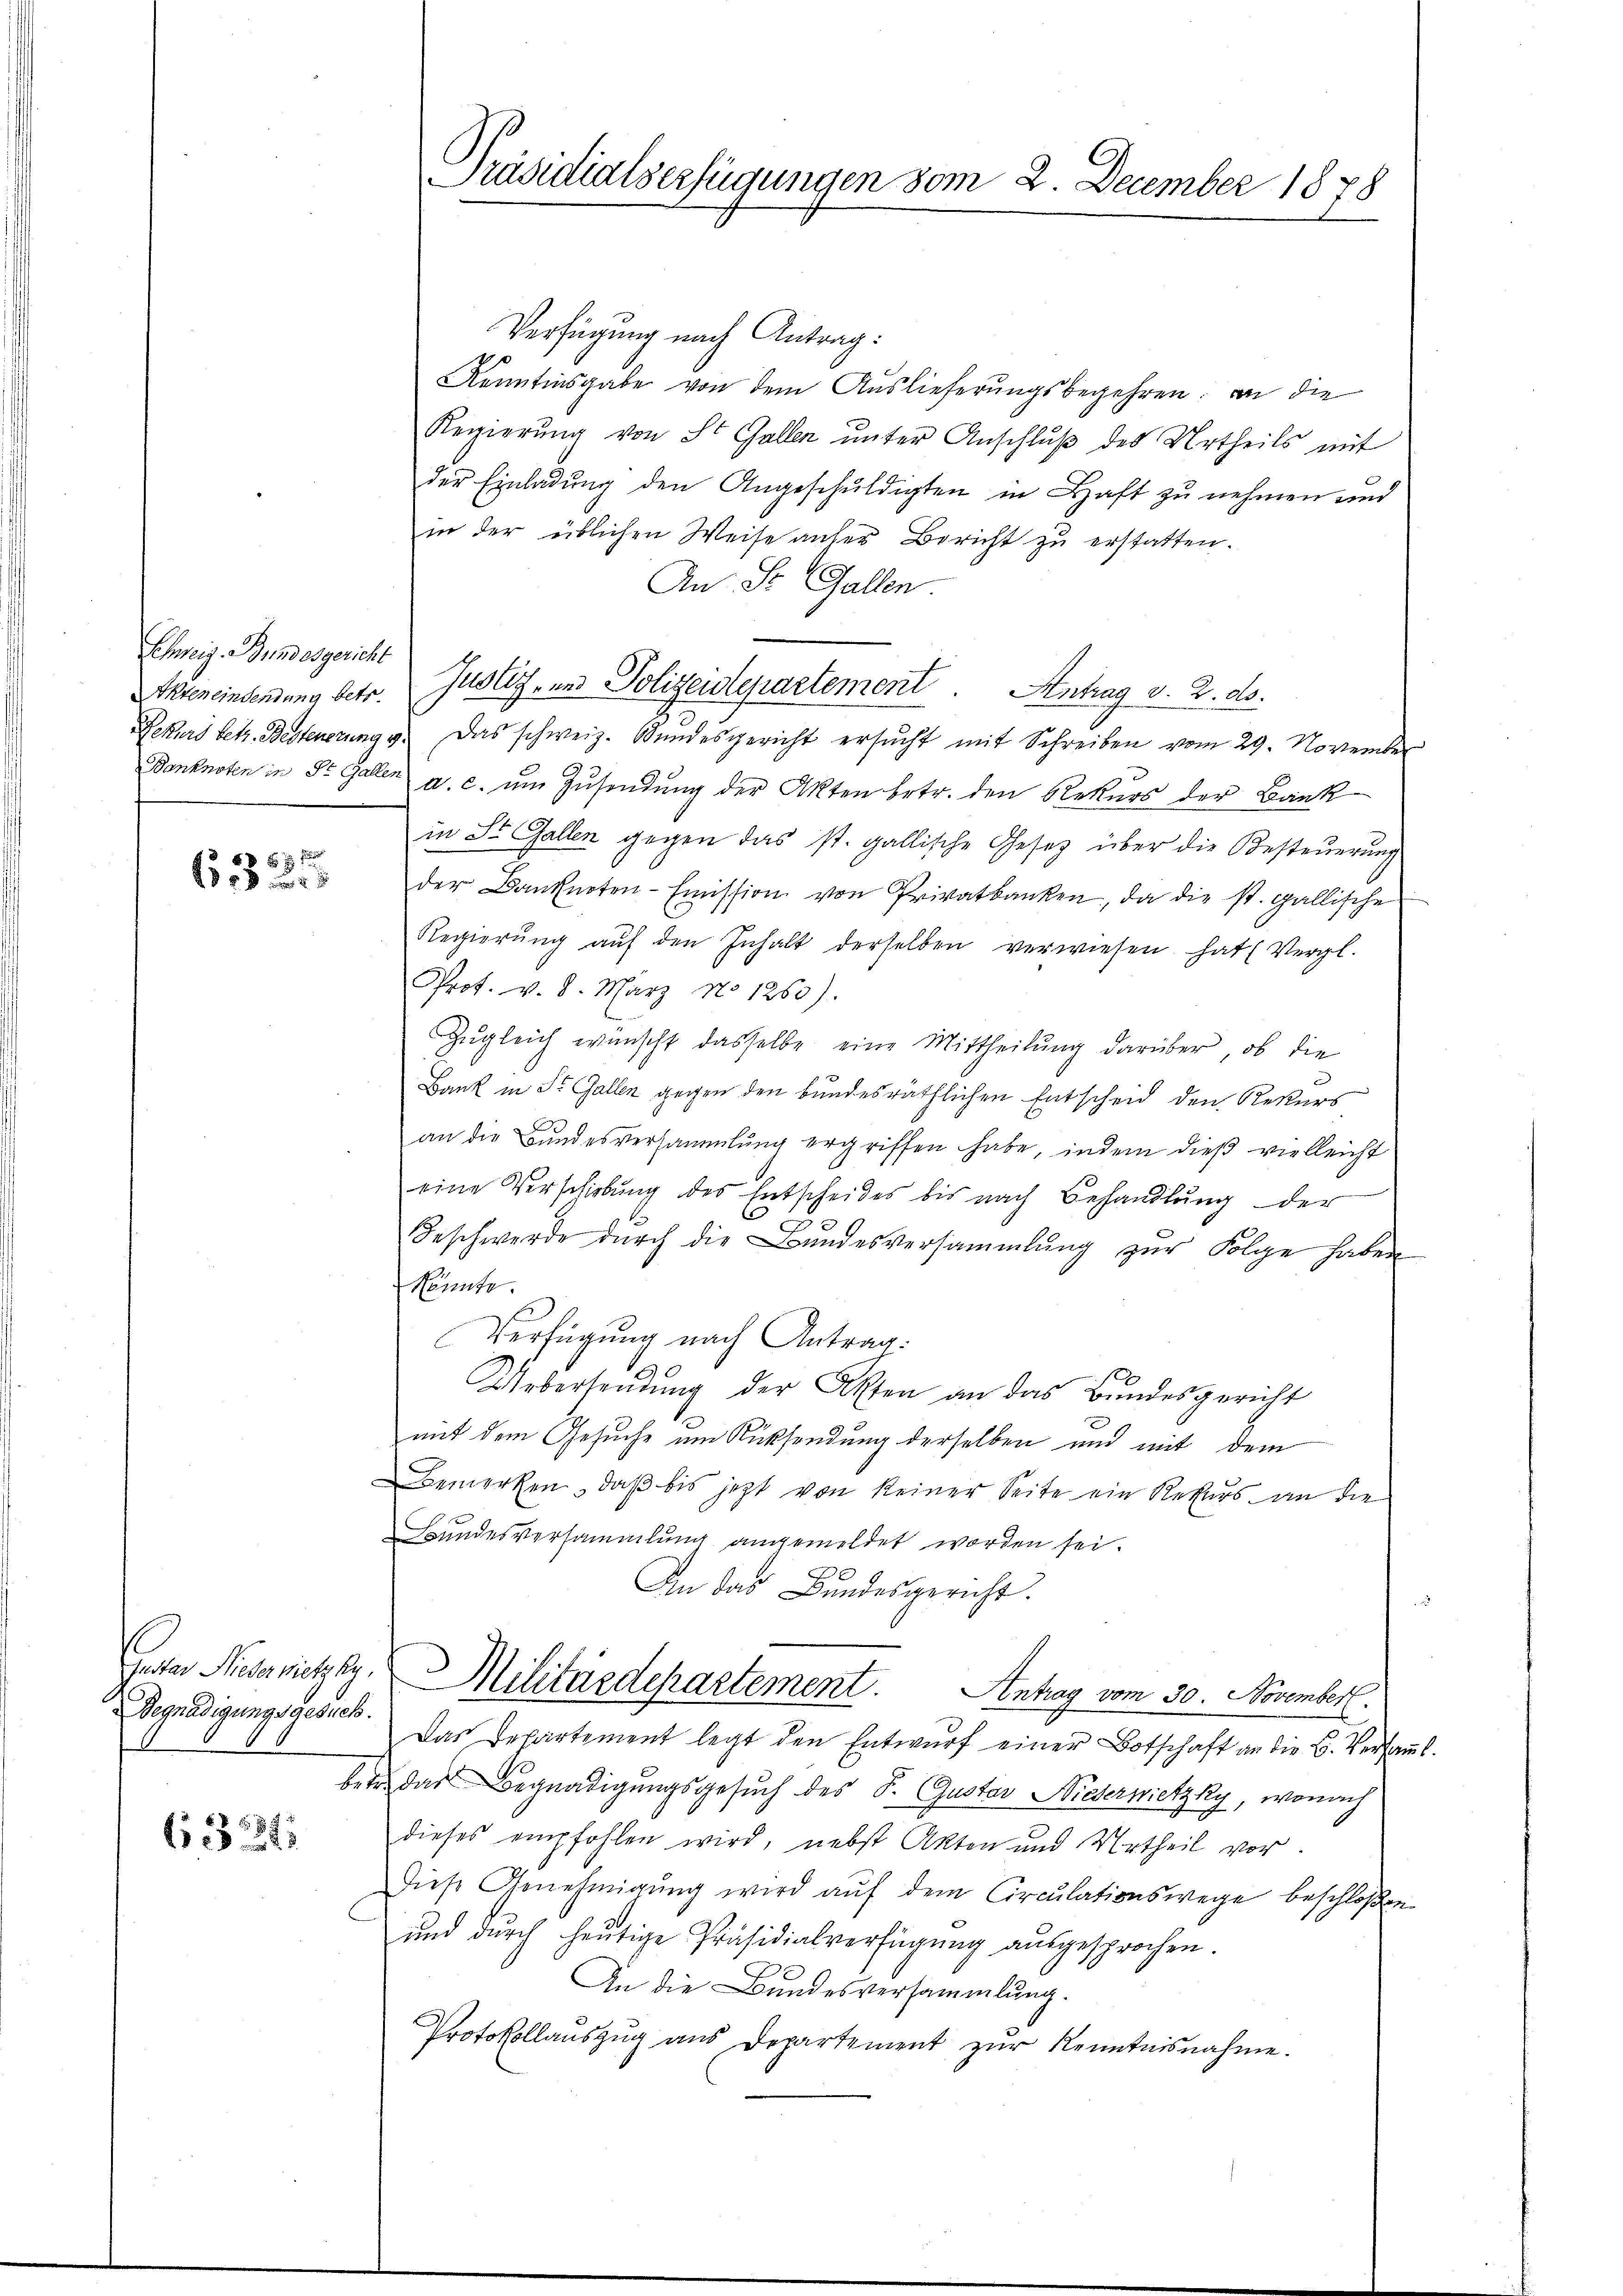
Schweiz. Bundesgericht

58 x
 24 x

Begnadigungsgesich.

(13524

Präsidialserfügungen vom 2. December 1878

Verfügung nach Antrag:
Kenntinsgabe von dem Auslieferungsbegehren: an die
Regierŭng von St. Gallen ŭnter Anschlŭβ des Urtheils mit
der Einladung den Angeschuldigten in Haft zu nehmen und
in der üblichen Weise anter Bericht zu erstatten.
An St. Gallen.
Dekurs betr. Besteuerung v. Das schweiz. Bundesgericht ersŭcht mit Schreiben vom 29. November
Banknoten in St. Gallen a. c. ŭm Zŭsendŭng der Akten betr. den Rekŭrs der Bank
in St. Gallen gegen das st. gallische Gesetz über die Besteuerung
der Banknoten-Emission von Privatbanken, da die st. gallische
Regierŭng aŭf den Inhalt derselben verwiesen hat (Vergl.
Prof. v. 8. März No 1260).
Zugleich wünscht dasselbe eine Mittheilung darüber, ob die
Bank in St. Gallen gegen den bundesräthlichen Entscheid den Rekurs
an die Bundesversammlung ergriffen habe, indem dieß vielleicht
eine Verschiebung des Entscheides bis nach Behandlŭng der
Beschwerde durch die Bundesversammlung zur Folge haben
könnte.
Verfügung nach Antrag:
Uebersendung der Akten an das Bundesgericht
mit dem Gesuche um Rücksendung derselben und mit dem
Bemerken, daß bis jetzt von keiner Seite ein Rekurs an die
Bundesversammlung angemeldet worden sei.
An das Bundesgericht.
Petar Niedernietzky. Militärdepartement. Antrag vom 30. November.
Das Departement legt den Entwurf einer Botschaft an die B. Versamml.
betr. das Begnadigungsgesuch des P. Gustav Niederwietzky, wonach
dieses empfohlen wird, nebst Akten und Urtheil vor
Diese Genehmigŭng wird aŭf dem Circulationswege beschloßen
ŭnd durch heŭtige Präsidialverfügŭng aŭsgesprochen.
An die Bundesversammlung.
Protokollaŭszŭg ans Departement zŭr Kenntnisnahme.

Thieneinsendung betr. Justiz- und Polizeidepartement. Antrag v. 2. ds.